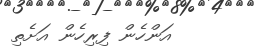
އަންހެން ފިރިހެން އަށެތި